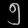
Digit: ၅